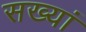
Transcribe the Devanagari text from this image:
सख्यां